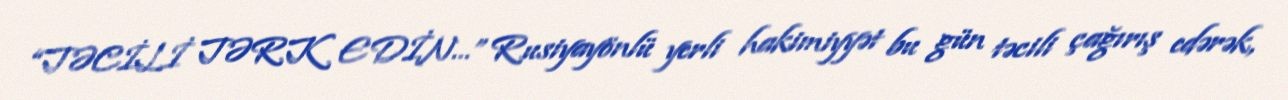
“TƏCİLİ TƏRK EDİN…” Rusiyayönlü yerli hakimiyyət bu gün təcili çağırış edərək,